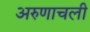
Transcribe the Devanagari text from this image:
अरुणाचली